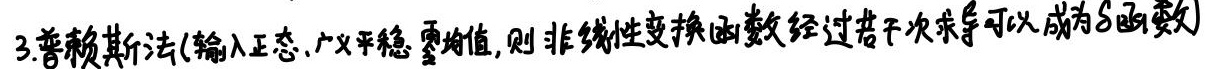
3. 普赖斯法(输入正态、广义平稳、零均值,则非线性变换函数经过若干次求导可以成为\(\delta\)函数)